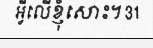
អ្វីលើខ្ញុំសោះ។ 31